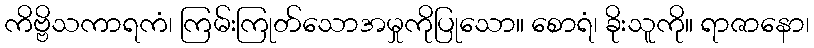
ကိဗ္ဗိသကာရကံ၊ ကြမ်းကြုတ်သောအမှုကိုပြုသော။ စောရံ၊ ခိုးသူကို။ ရာဇာနော၊